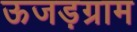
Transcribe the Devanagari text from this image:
ऊजड़ग्राम